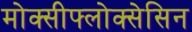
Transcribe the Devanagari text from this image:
मोक्सीफ्लोक्सेसिन